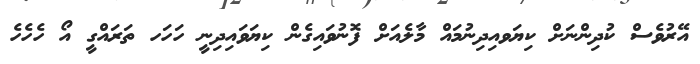
އޭރުވެސް ކުދިންނަށް ކިޔަވއިދިނުމައް މާލެއަށް ފޮނުވައިގެން ކިޔަވައިދިނީ ހަހަހ ތަރައްގީ އޯ ހެހެހެ